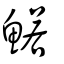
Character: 鰙